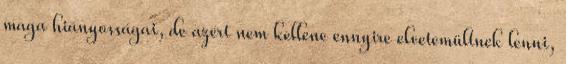
maga hiányosságai, de azért nem kellene ennyire elvetemültnek lenni,